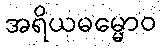
အရိယဓမ္မောဝ